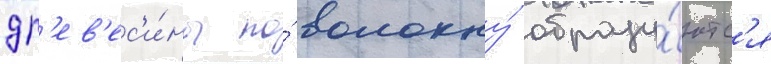
др'ев'ес'и́ны по́ волокну́ образу́ютс'я